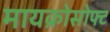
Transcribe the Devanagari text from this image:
मायक्रोसोफ्ट